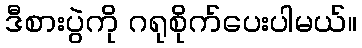
ဒီစားပွဲကို ဂရုစိုက်ပေးပါမယ်။